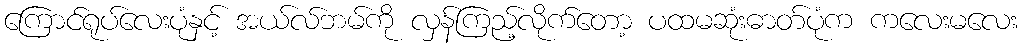
ကြောင်ရုပ်လေးပုံနှင့် အယ်လ်ဘမ်ကို လှန်ကြည့်လိုက်တော့ ပထမဆုံးဓာတ်ပုံက ကလေးမလေး